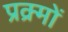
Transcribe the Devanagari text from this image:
प्रक्र्मों